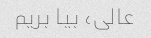
عالی، بیا بریم